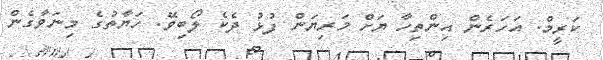
ކަރީމް. އަހަރެން އިންތިހާ ޔަށް މަރިޔަން ފުޅު ދެކެ ލޯބިވޭ. ހަޔާތުގެ މިނަވާގެން